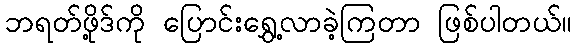
ဘရတ်ဖို့ဒ်ကို ပြောင်းရွှေ့လာခဲ့ကြတာ ဖြစ်ပါတယ်။